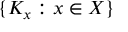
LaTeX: \{ K _ { x } : x \in X \}